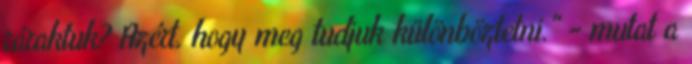
ráraktuk? Azért, hogy meg tudjuk különböztetni." - mutat a